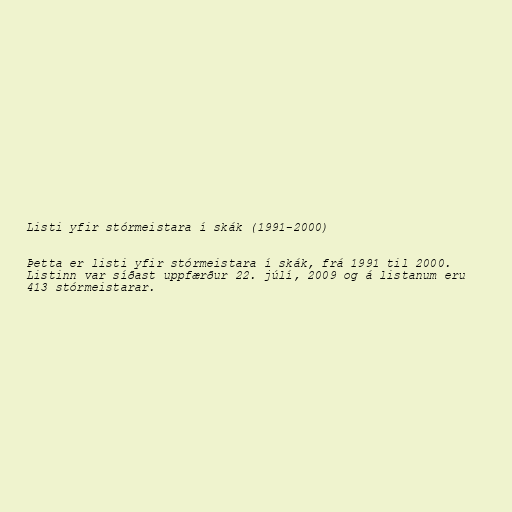
Listi yfir stórmeistara í skák (1991-2000)

Þetta er listi yfir stórmeistara í skák, frá 1991 til 2000.
Listinn var síðast uppfærður 22. júlí, 2009 og á listanum eru
413 stórmeistarar.